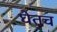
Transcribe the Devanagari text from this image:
घेतच